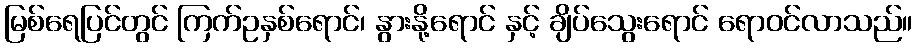
မြစ်ရေပြင်တွင် ကြက်ဥနှစ်ရောင်၊ နွားနို့ရောင် နှင့် ချိပ်သွေးရောင် ရောဝင်လာသည်။